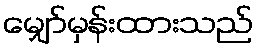
မျှော်မှန်းထားသည်